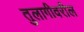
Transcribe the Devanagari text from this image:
तुलागीवरील